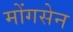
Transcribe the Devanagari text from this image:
मोंगसेन